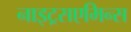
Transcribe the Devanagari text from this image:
नाइट्रसएमिन्स